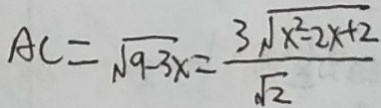
A C = \sqrt { 9 - 3 x } = \frac { 3 \sqrt { x ^ { 2 } - 2 x + 2 } } { \sqrt { 2 } }